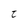
Character: t